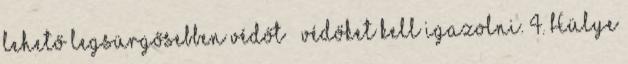
lehető legsürgősebben védőt védőket kell igazolni. 4. Hülye